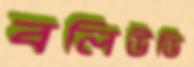
বলিউডি